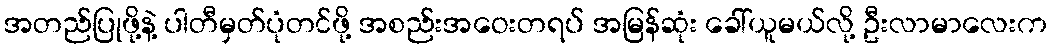
အတည်ပြုဖို့နဲ့ ပါတီမှတ်ပုံတင်ဖို့ အစည်းအဝေးတရပ် အမြန်ဆုံး ခေါ်ယူမယ်လို့ ဦးလာမာလေးက